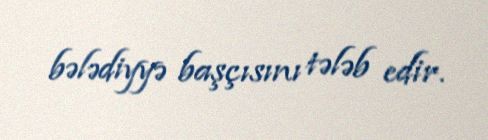
bələdiyyə başçısını tələb edir.